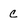
Character: C